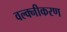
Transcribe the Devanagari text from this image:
वल्क्नीकरण